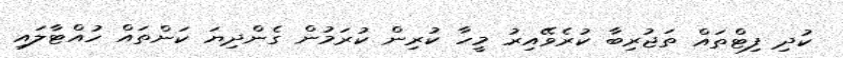
ކުދި ފިޓްތައް ތަޖުރިބާ ކުރެވޭއިރު މީހާ ކުރިން ކުރަމުން ގެންދިޔަ ކަންތައް ހުއްޓާލައި